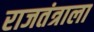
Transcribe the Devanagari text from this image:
राजतंत्राला